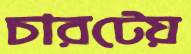
চারটেয়